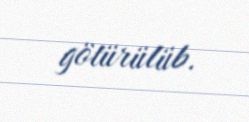
götürülüb.